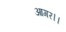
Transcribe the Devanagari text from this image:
आगर।।